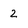
Character: 2